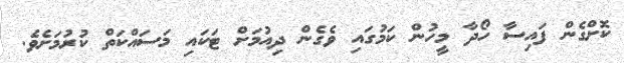
ކޮށްގެން ފައިސާ ހޯދާ މީހުން ކަމުގައި ވެގެން ދިއުމަށް ޓަކައި މަސައްކަތް ކުރުމަށެވެ.